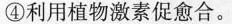
④利用植物激素促愈合。